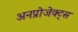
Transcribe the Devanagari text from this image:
अनप्रोजेक्ट्स